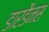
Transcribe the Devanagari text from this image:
डारडैनस